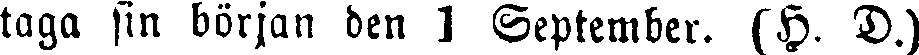
taga sin början den 1 September. (H. D.)